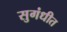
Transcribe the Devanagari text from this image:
सुगंधीत